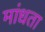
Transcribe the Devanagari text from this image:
मांधता